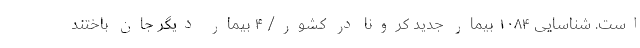
است. شناسایی ۱۰۸۴ بیمار جدید کرونا در کشور/ ۴ بیمار دیگر جان باختند